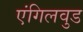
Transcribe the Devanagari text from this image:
एंगिलवुड